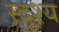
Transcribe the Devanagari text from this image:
स्दृश्य